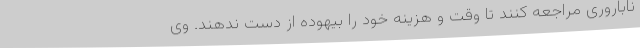
ناباروری مراجعه کنند تا وقت و هزینه خود را بیهوده از دست ندهند. وی